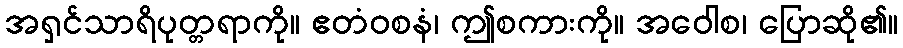
အရှင်သာရိပုတ္တရာကို။ ဧတံဝစနံ၊ ဤစကားကို။ အဝေါစ၊ ပြောဆို၏။